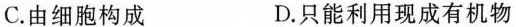
C.由细胞构成 D.只能利用现成有机物